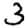
Digit: 3